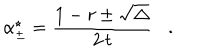
LaTeX: \alpha _ { \pm } ^ { \star } = \frac { 1 - r \pm \sqrt { \Delta } } { 2 \, t } .